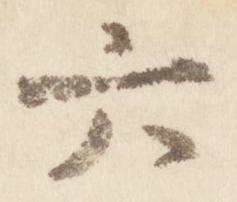
六